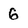
Character: 6